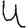
Digit: 4